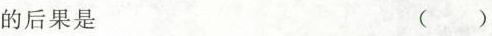
的后果是 （）